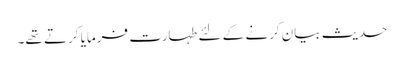
حدیث بیان کرنے کے لئے طہارت فرمایا کرتے تھے۔